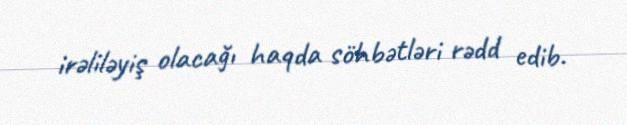
irəliləyiş olacağı haqda söhbətləri rədd edib.